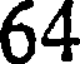
64